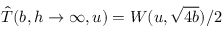
\hat { T } ( b , h \rightarrow \infty , u ) = W ( u , \sqrt { 4 b } ) / 2